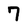
Character: 7